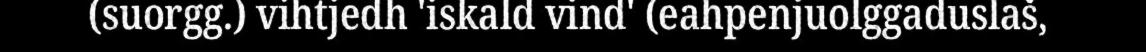
(suorgg.) vihtjedh 'iskald vind' (eahpenjuolggaduslaš,